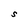
Character: S